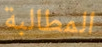
المطالبة